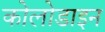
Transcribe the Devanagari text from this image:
कोलोडाइन